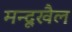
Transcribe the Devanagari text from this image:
मन्दूखैल